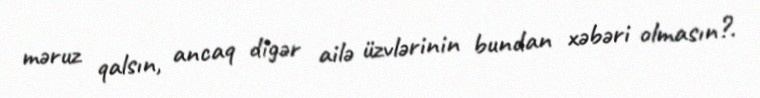
məruz qalsın, ancaq digər ailə üzvlərinin bundan xəbəri olmasın?.